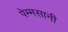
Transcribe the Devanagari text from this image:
पेम्मसानी